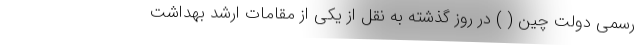
رسمی دولت چین ( ) در روز گذشته به نقل از یکی از مقامات ارشد بهداشت